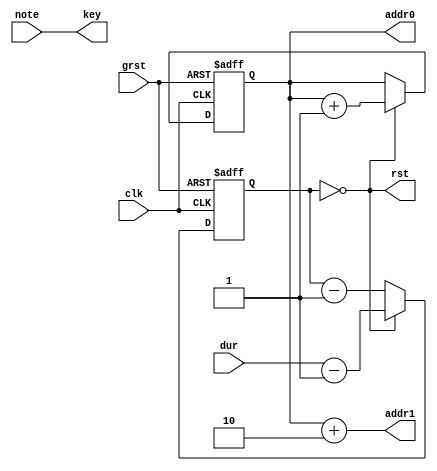
module score(
    input clk, // 1220.70 Hz
    input grst,
    output [15:0] addr0,
    output [15:0] addr1,
    input [6:0] note,
    input [15:0] dur,
    output rst,
    output [6:0] key
);
    reg [15:0] addr_cnt = 0;
    assign addr0 = addr_cnt;
    assign addr1 = addr_cnt+2;
    reg [15:0] count = 0;
    always @(posedge clk, posedge grst)
        if(grst) begin
            addr_cnt <= 0;
            count <= 0;
        end else if(count == 0) begin
            addr_cnt <= addr_cnt+1;
            count <= dur-1;
        end else
            count <= count-1;
    assign rst = count == 0;
    assign key = note;
endmodule